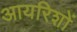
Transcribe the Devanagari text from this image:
आयरिशों